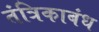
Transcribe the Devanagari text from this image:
तंत्रिकाबंध